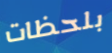
بلحظات